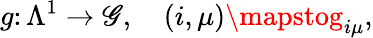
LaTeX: g\colon\Lambda^{1}\to\mathscr{G},\quad(i,\mu)\mapstog_{i\mu},